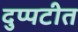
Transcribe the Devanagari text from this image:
दुप्पटीत